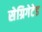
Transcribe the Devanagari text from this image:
सेग्रिगेटेड